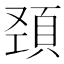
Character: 𩒍